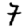
Digit: 7